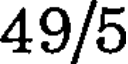
49/5